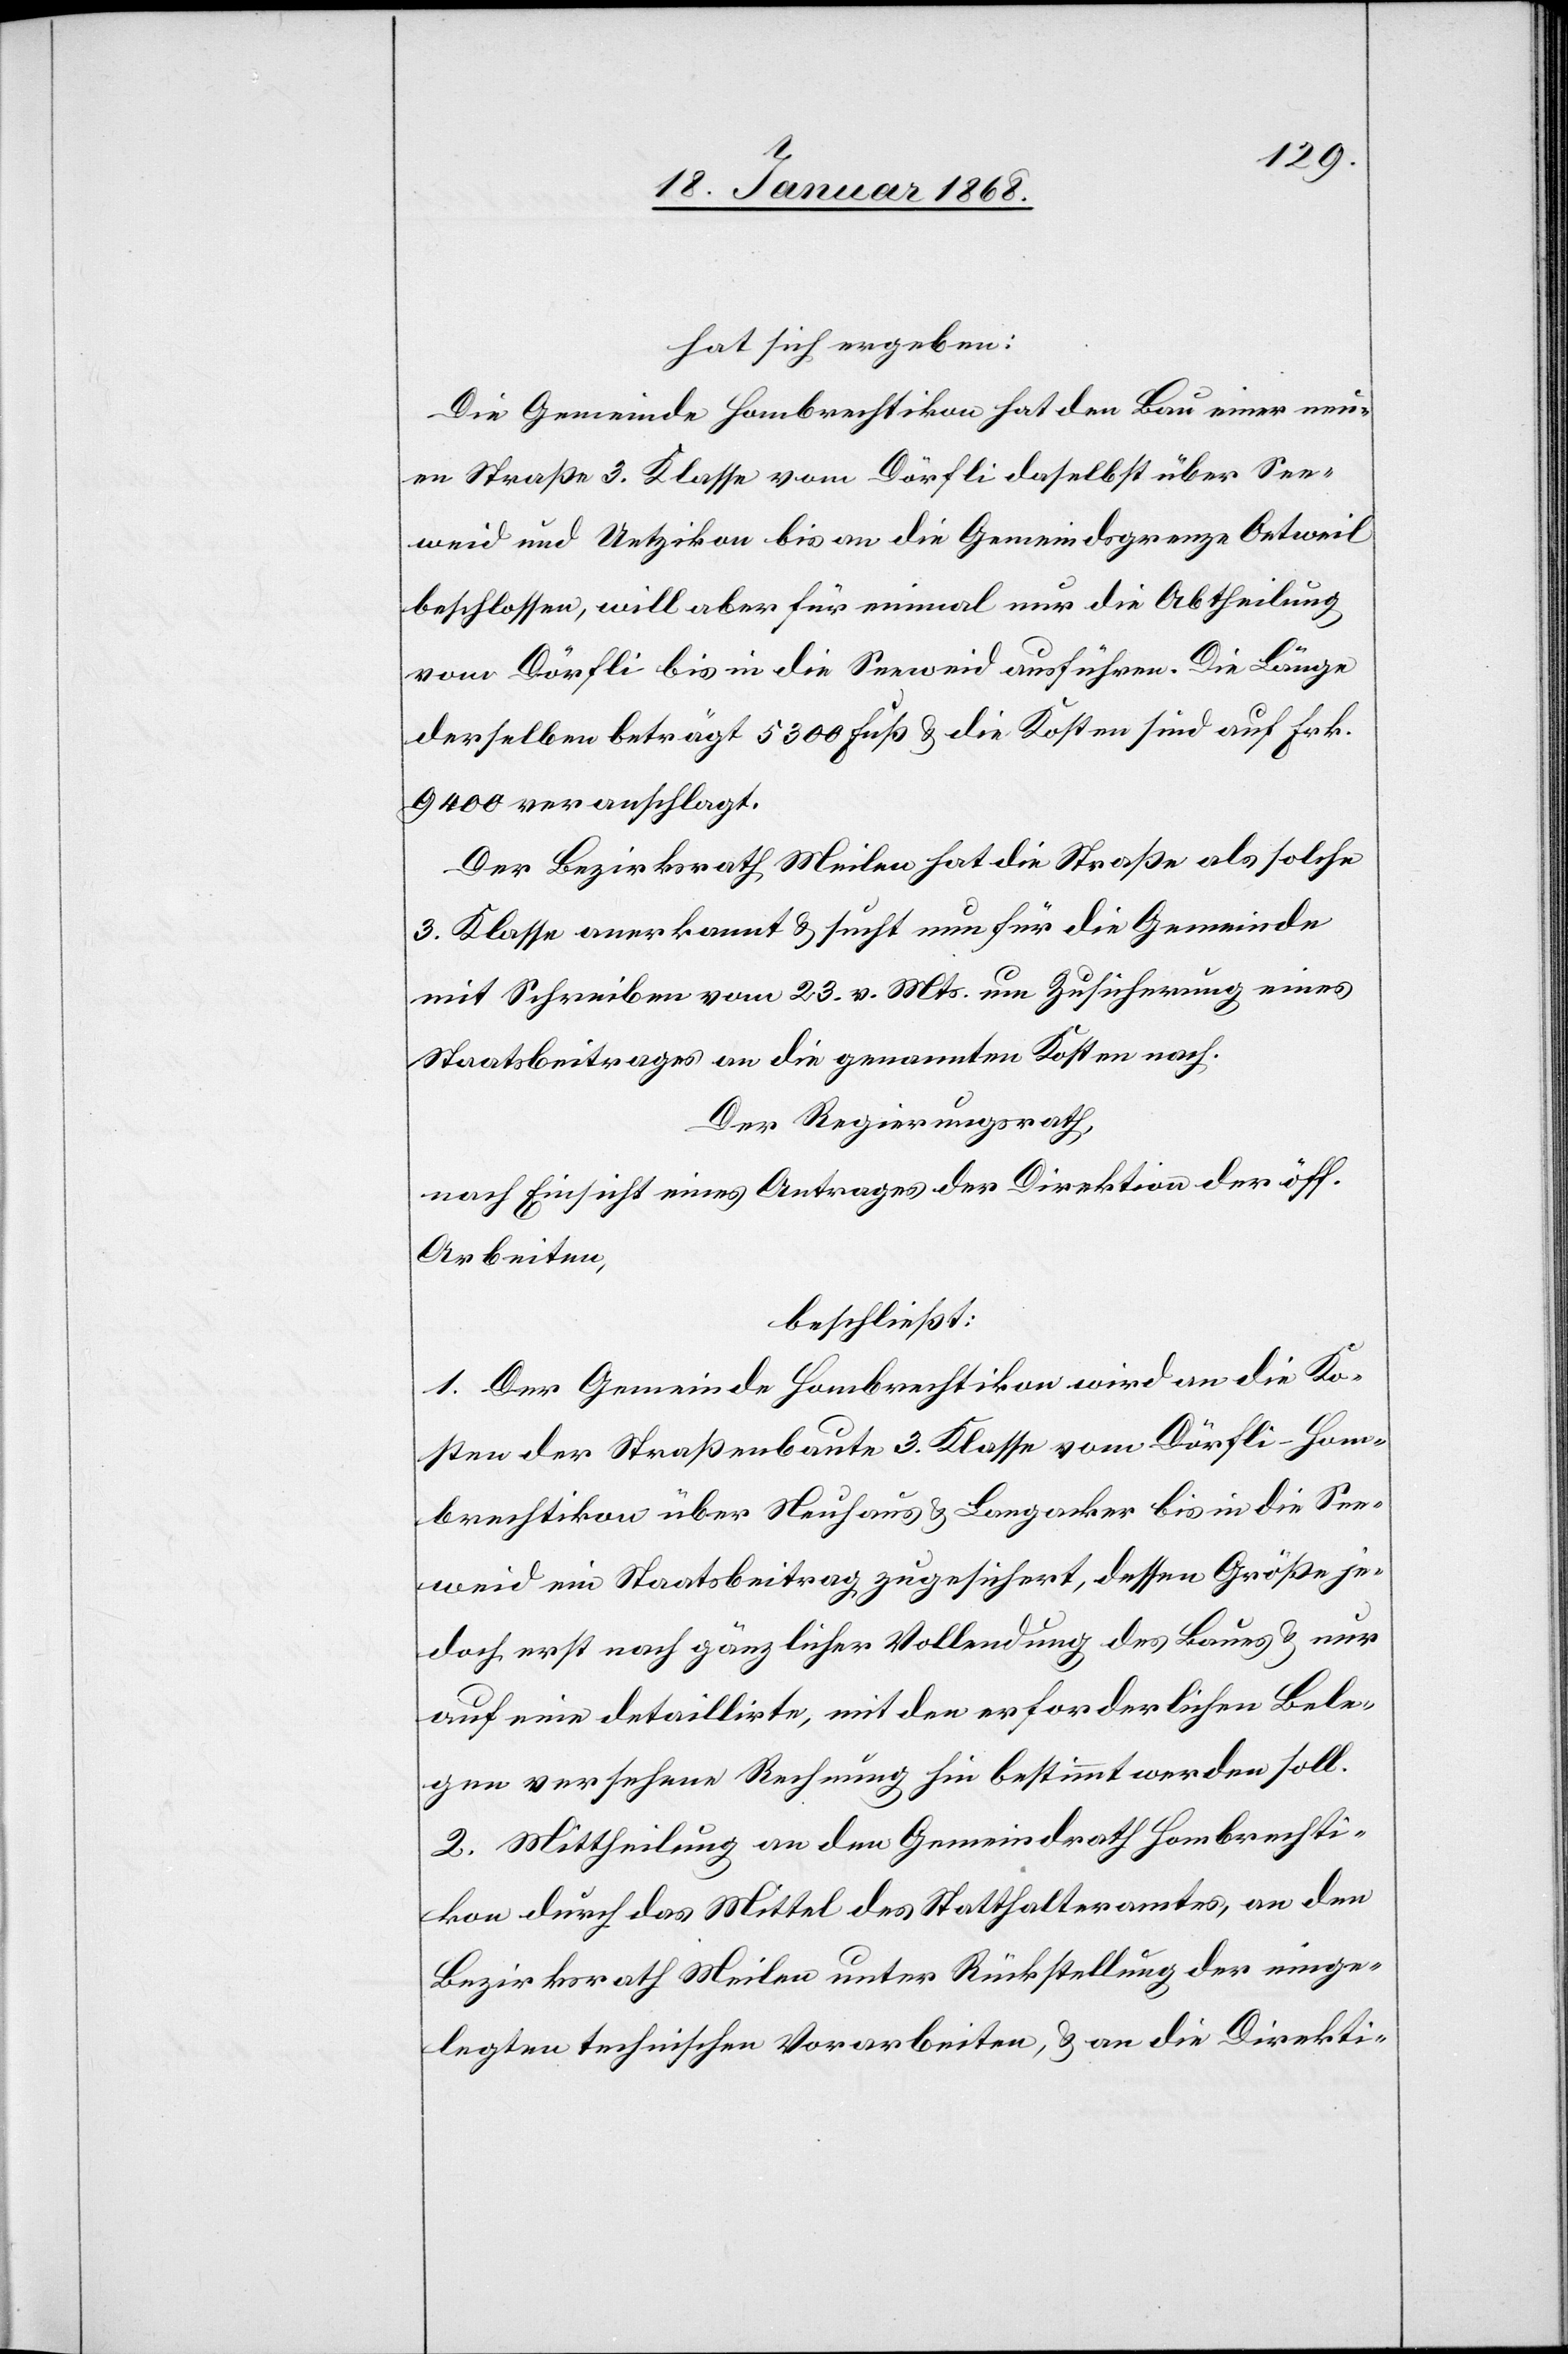
hat sich ergeben:
Die Gemeinde Hombrechtikon hat den Bau einer neu¬
en Straße 3. Klasse vom Dörfli daselbst über See¬
weid und Uetzikon bis an die Gemeindsgrenze Oetweil
beschlossen, will aber für einmal nur die Abtheilung
vom Dörfli bis in die Seeweid ausführen. Die Länge
derselben beträgt 5300 Fuß & die Kosten sind auf Frk.
9400 veranschlagt.
Der Bezirksrath Meilen hat die Straße als solche
3. Klasse anerkannt & sucht nun für die Gemeinde
mit Schreiben vom 23. v. Mts. um Zusicherung eines
Staatsbeitrages an die genannten Kosten nach.
Der Regierungsrath,
nach Einsicht eines Antrages der Direktion der öff.
Arbeiten,
beschließt:
1. Der Gemeinde Hombrechtikon wird an die Ko¬
sten der Straßenbaute 3. Klasse vom Dörfli – Hom¬
brechtikon über Neuhaus & Langacker bis in die See¬
weid ein Staatsbeitrag zugesichert, dessen Größe je¬
doch erst nach gänzlicher Vollendung des Baues & nur
auf eine detaillirte, mit den erforderlichen Bele¬
gen versehene Rechnung hin bestimmt werden soll.
2. Mittheilung an den Gemeindrath Hombrechti¬
kon durch das Mittel des Statthalteramtes, an den
Bezirksrath Meilen unter Rückstellung der einge¬
legten technischen Vorarbeiten, & an die Direkti-